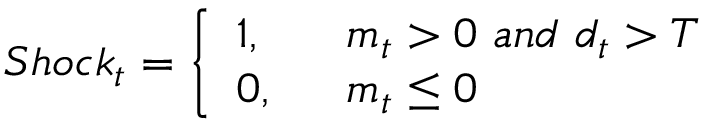
S h o c k _ { t } = \left\{ \begin{array} { l l } { 1 , } & { ~ ~ m _ { t } > 0 ~ a n d ~ d _ { t } > T } \\ { 0 , } & { ~ ~ m _ { t } \le 0 } \end{array} \right.